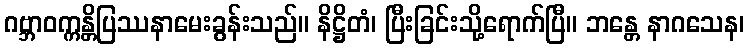
ဂဗ္ဘာဝက္ကန္တိပြဿနာမေးခွန်းသည်။ နိဋ္ဌိတံ၊ ပြီးခြင်းသို့ရောက်ပြီ။ ဘန္တေ နာဂသေန၊